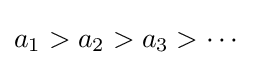
a_{1}>a_{2}>a_{3}>\cdots